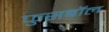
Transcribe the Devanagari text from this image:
फुसबॉल